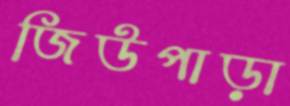
জিউপাড়া